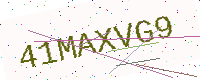
Text: 41MAXVG9